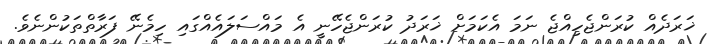
ޚަރަދެއް ކުރަންޖެހިއްޖެ ނަމަ އެކަމަށް ޚަރަދު ކުރަންޖެހޭނީ އެ މައްސަލައެއްގައި ހިމެނޭ ފަރާތްތަކުންނެވެ.